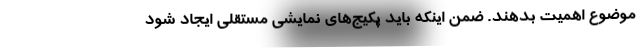
موضوع اهمیت بدهند. ضمن اینکه باید پکیج‌های نمایشی مستقلی ایجاد شود